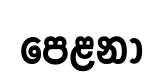
පෙළනා